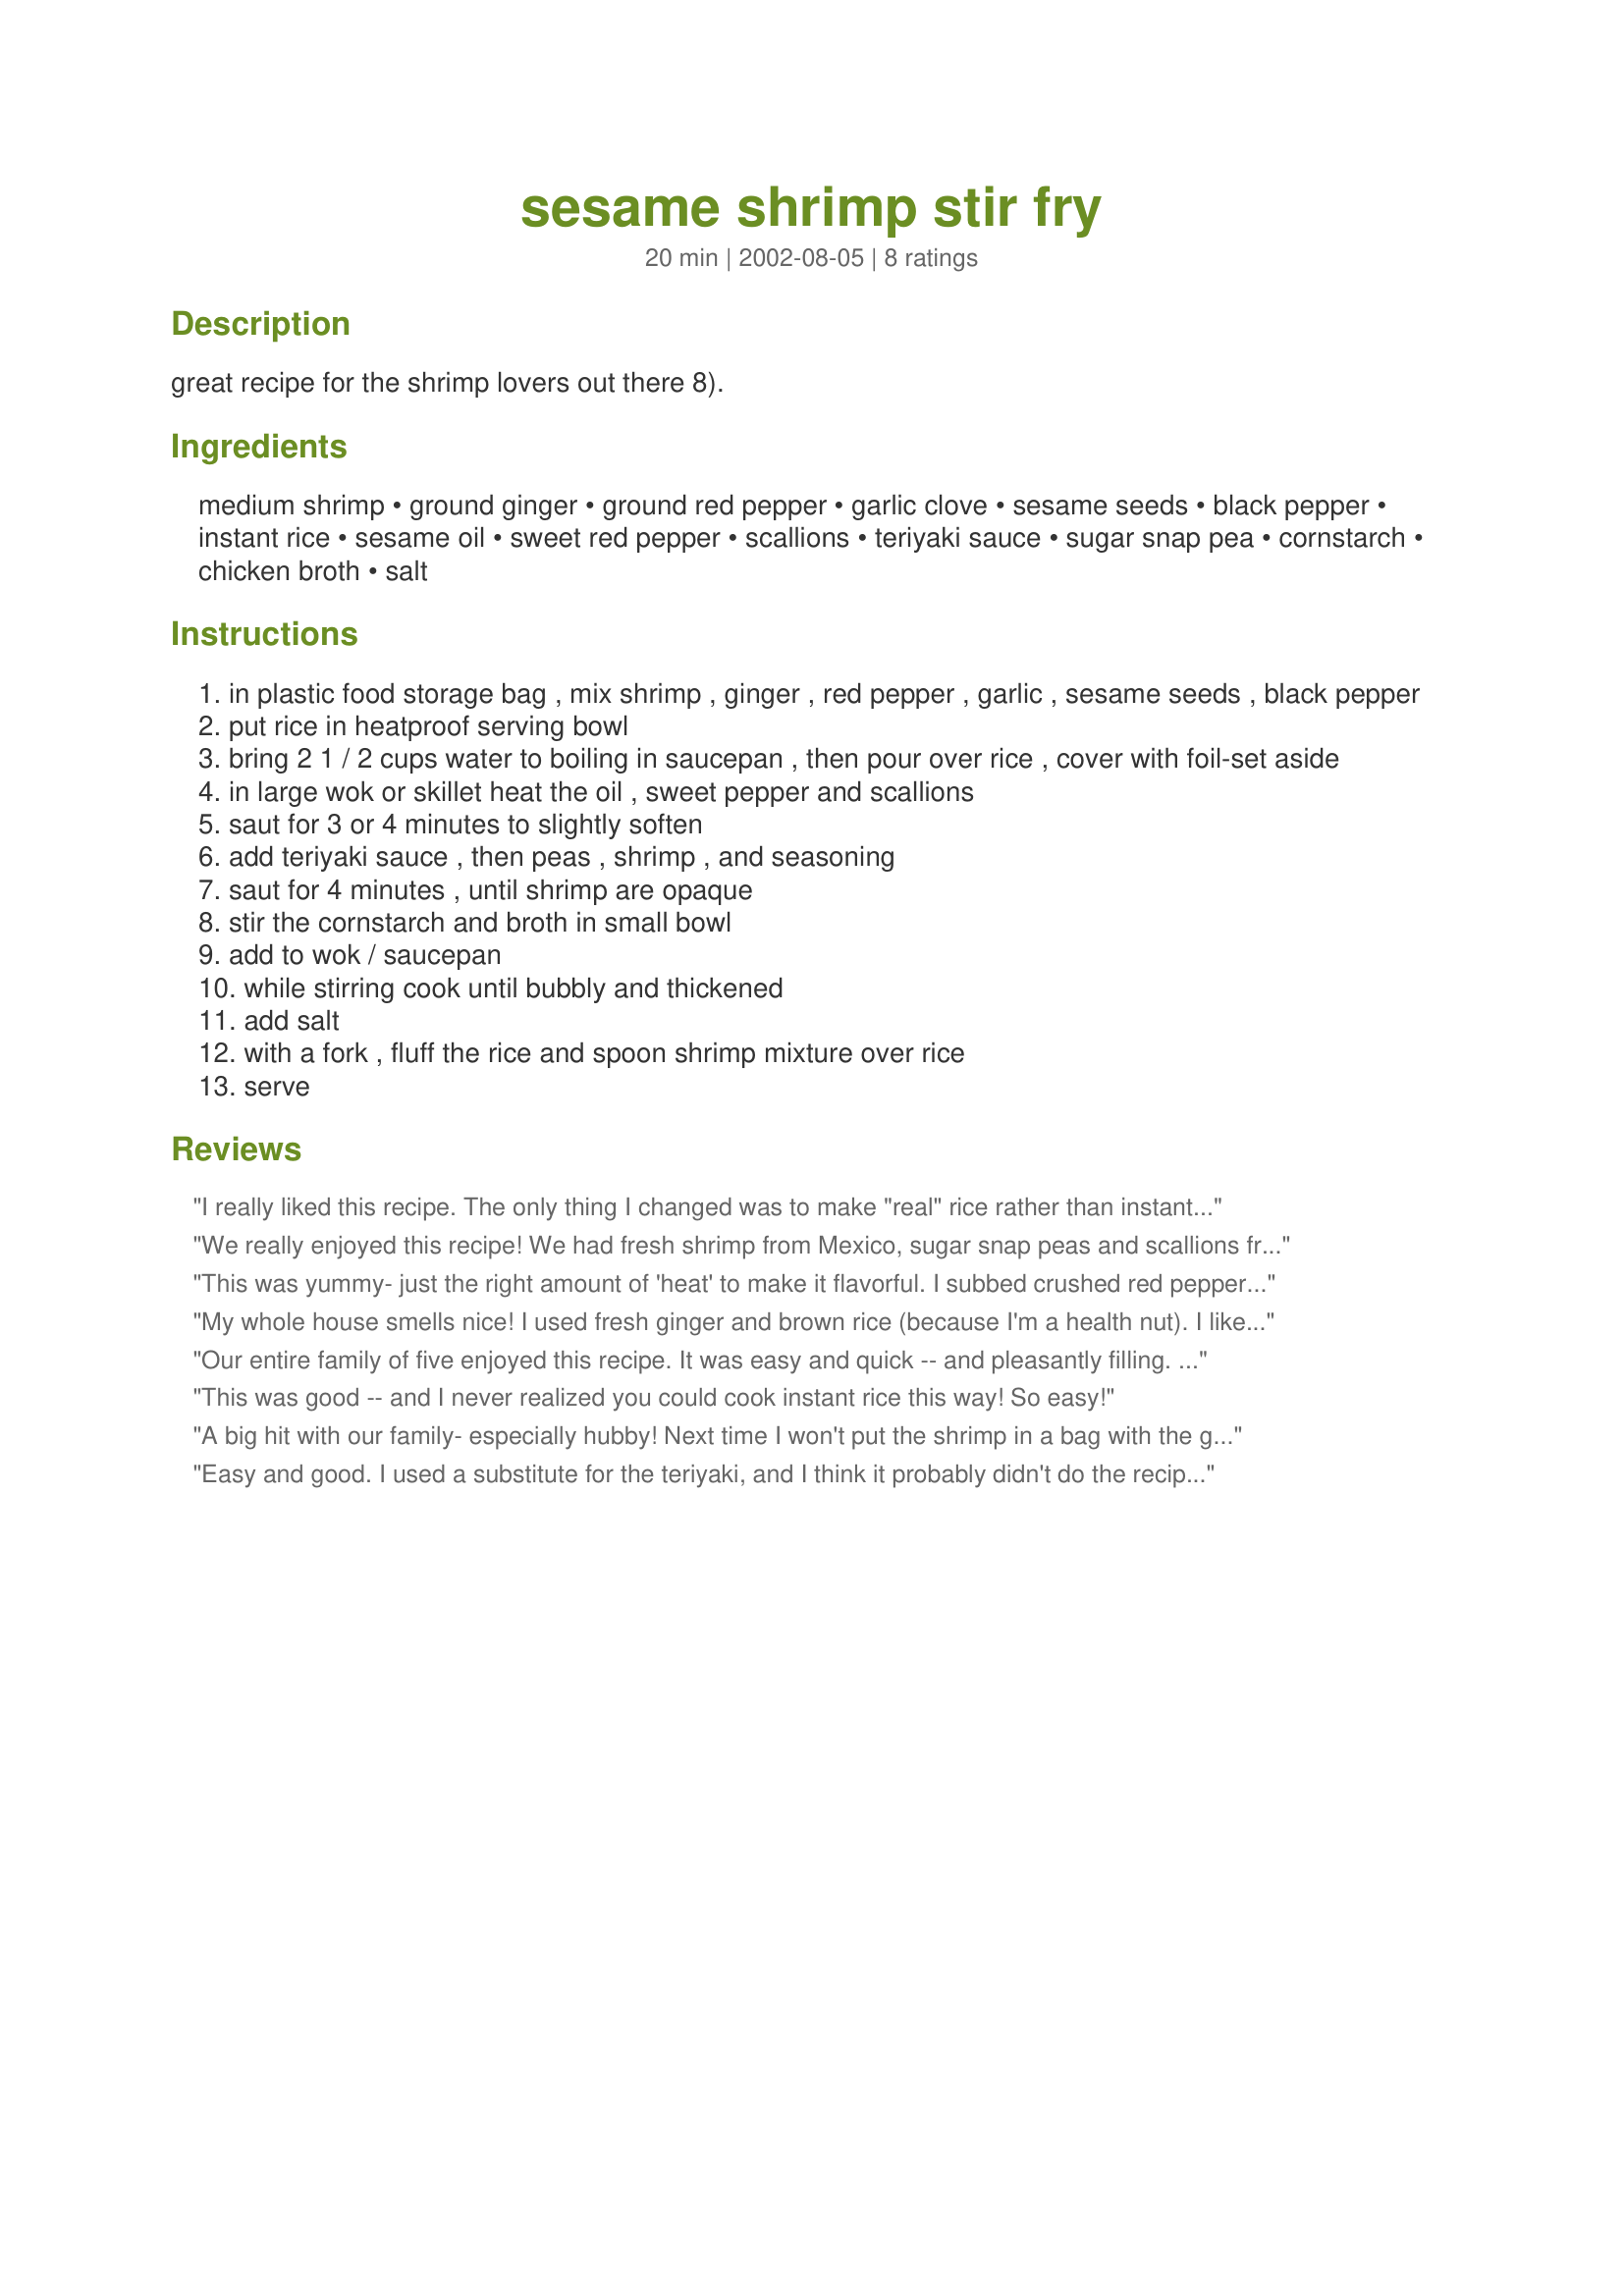
sesame shrimp stir fry
Preparation time: 20 minutes

great recipe for the shrimp lovers out there 8).

Ingredients:
medium shrimp, ground ginger, ground red pepper, garlic clove, sesame seeds, black pepper, instant rice, sesame oil, sweet red pepper, scallions, teriyaki sauce, sugar snap pea, cornstarch, chicken broth, salt

Steps:
in plastic food storage bag , mix shrimp , ginger , red pepper , garlic , sesame seeds , black pepper
put rice in heatproof serving bowl
bring 2 1 / 2 cups water to boiling in saucepan , then pour over rice , cover with foil-set aside
in large wok or skillet heat the oil , sweet pepper and scallions
saut for 3 or 4 minutes to slightly soften
add teriyaki sauce , then peas , shrimp , and seasoning
saut for 4 minutes , until shrimp are opaque
stir the cornstarch and broth in small bowl
add to wok / saucepan
while stirring cook until bubbly and thickened
add salt
with a fork , fluff the rice and spoon shrimp mixture over rice
serve

Reviews:
I really liked this recipe. The only thing I changed was to make "real" rice rather than instant. I used a shrimp stock instead of chicken and this probably added to it as well. Good easy to do recipe. Thanks
We really enjoyed this recipe! We had fresh shrimp from Mexico, sugar snap peas and scallions from our garden and served it over jasmine rice with fresh cilantro. Oh my! The seasoning on the shrimp really took it over the top and the sweet red pepper added not only color but a well blended flavor! Tons of peas left, I see us doing this one again!
This was yummy- just the right amount of 'heat' to make it flavorful. I subbed crushed red pepper flakes for the ground red pepper, omitted the scallions b/c we didn't have any, and used a bag of "pea pod stir fry mix" from the frozen veggie section at Walmart which gave a colorful mix of veggies that looked and tasted great with the shrimp. Served over brown rice- we'll make it again I'm sure. **Made again as a half-batch- still good!!
My whole house smells nice! I used fresh ginger and brown rice (because I'm a health nut). I like that the recipe is simple and uses ingredients and techniques I use all the time... but with much tastier results. Kudos!
Our entire family of five enjoyed this recipe. It was easy and quick -- and pleasantly filling. We used regular rice, left out the salt and used two garlic cloves. We added the peas to the peppers and cooked for 3-4 minutes before adding the shrimp. We found this to be quite spicy and will reduce the ground red pepper to 1/8 tsp. next time. Definitely a keeper!
This was good -- and I never realized you could cook instant rice this way! So easy!
A big hit with our family- especially hubby! Next time I won't put the shrimp in a bag with the ginger and garlic- it was too hard to get all of those yummy seasonings out and into the frying pan. I added some frozen stir-fry veggie mix to the peppers and snap peas for extra veggies. And because of the kids, I cut the red pepper back and served Asia hot sauce (sirachi) on the side for hubbie and me. I will be making this one again- I might try it with so precooked chicken too.
Easy and good. I used a substitute for the teriyaki, and I think it probably didn't do the recipe justice. I really like the shrimp and seasoning and would be good just sauted with steamed veggies and rice.
Thanks!
